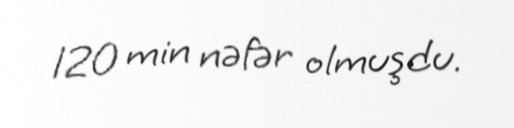
120 min nəfər olmuşdu.